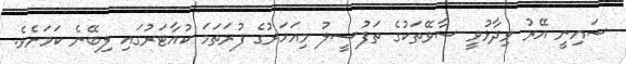
ޝައިނީ އޭރު ވިދާޅުވީ ސާވޭތަކުގެ ތަފުސީލު މިއަހަރުގެ ފުރަތަމަ ކުއާޓަރުގައި ލިބޭނެ ކަމަށެވެ.